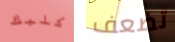
كلبك تضعف